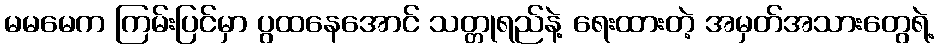
မမမေက ကြမ်းပြင်မှာ ပွထနေအောင် သတ္တုရည်နဲ့ ရေးထားတဲ့ အမှတ်အသားတွေရဲ့